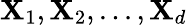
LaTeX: \mathbf{X}_{1},\mathbf{X}_{2},...,\mathbf{X}_{d}